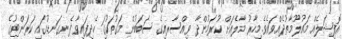
އޮފިޝަލެއް މައުލޫމާތުދެއްވައެވެ.މިހާރު މާލެއަށް ކުރަމުންދާ ވިއްސާރއިގެ ސަބަބުން މަގުތަކުގަި ހެދިފައިވާ ފެނގަނޑުގައި ކަރަންޓުގެ